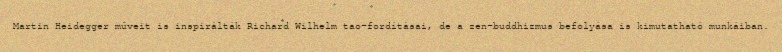
Martin Heidegger műveit is inspirálták Richard Wilhelm tao-fordításai, de a zen-buddhizmus befolyása is kimutatható munkáiban.